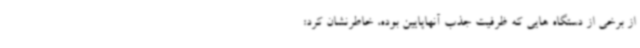
از برخی از دستگاه هایی که ظرفیت جذب آنهاپایین بوده، خاطرنشان کرد: